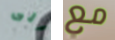
الى مع